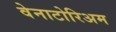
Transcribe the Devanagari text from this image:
वेनाटोरिअम